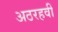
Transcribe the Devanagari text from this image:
अठरहवीं